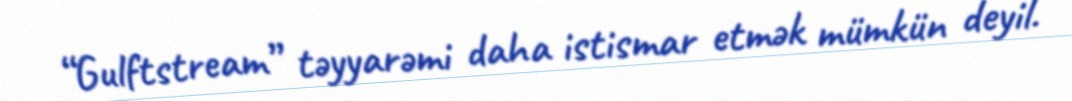
“Gulftstream” təyyarəmi daha istismar etmək mümkün deyil.